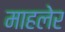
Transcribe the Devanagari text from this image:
माहलेर